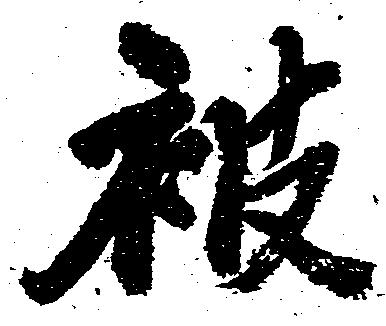
被